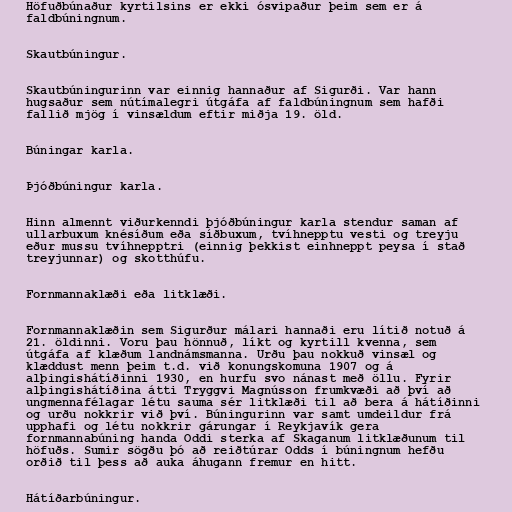
Höfuðbúnaður kyrtilsins er ekki ósvipaður þeim sem er á
faldbúningnum.

Skautbúningur.

Skautbúningurinn var einnig hannaður af Sigurði. Var hann
hugsaður sem nútímalegri útgáfa af faldbúningnum sem hafði
fallið mjög í vinsældum eftir miðja 19. öld.

Búningar karla.

Þjóðbúningur karla.

Hinn almennt viðurkenndi þjóðbúningur karla stendur saman af
ullarbuxum knésíðum eða síðbuxum, tvíhnepptu vesti og treyju
eður mussu tvíhnepptri (einnig þekkist einhneppt peysa í stað
treyjunnar) og skotthúfu.

Fornmannaklæði eða litklæði.

Fornmannaklæðin sem Sigurður málari hannaði eru lítið notuð á
21. öldinni. Voru þau hönnuð, líkt og kyrtill kvenna, sem
útgáfa af klæðum landnámsmanna. Urðu þau nokkuð vinsæl og
klæddust menn þeim t.d. við konungskomuna 1907 og á
alþingishátíðinni 1930, en hurfu svo nánast með öllu. Fyrir
alþingishátíðina átti Tryggvi Magnússon frumkvæði að því að
ungmennafélagar létu sauma sér litklæði til að bera á hátíðinni
og urðu nokkrir við því. Búningurinn var samt umdeildur frá
upphafi og létu nokkrir gárungar í Reykjavík gera
fornmannabúning handa Oddi sterka af Skaganum litklæðunum til
höfuðs. Sumir sögðu þó að reiðtúrar Odds í búningnum hefðu
orðið til þess að auka áhugann fremur en hitt.

Hátíðarbúningur.